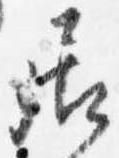
居